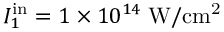
I _ { 1 } ^ { \mathrm { i n } } = 1 \times 1 0 ^ { 1 4 } \; \mathrm { W / c m ^ { 2 } }